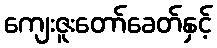
ကျေးဇူးတော်ခေတ်နှင့်